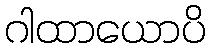
ဂါထာယောပိ